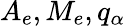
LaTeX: A_{e},M_{e},q_{\alpha}